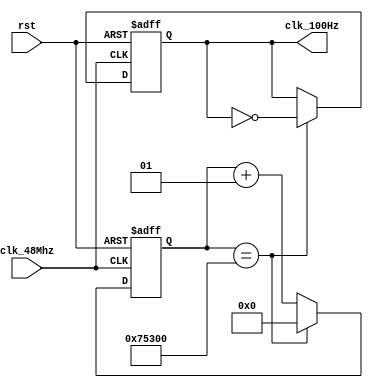
module clk_div(clk_48Mhz,rst,clk_100Hz);
input clk_48Mhz;
input rst;
output reg clk_100Hz;

integer count;

// Divide by 48
always @(posedge clk_48Mhz or negedge rst)
	begin
			if (!rst)
				begin
					clk_100Hz <= 1'b0;
					count <= 0;
				end
			else if (count == 480000)
				begin
					count <= 0;
					clk_100Hz <= ~ clk_100Hz;
				end
			else
				begin
					count <= count + 1;
				end
	end
endmodule